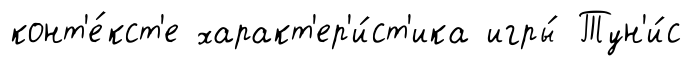
конт'е́кст'е характ'ер'и́ст'ика игры́ Тун'и́с